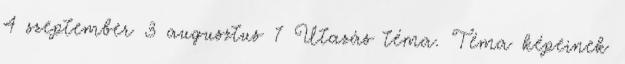
4 szeptember 3 augusztus 7 Utazás téma. Téma képeinek